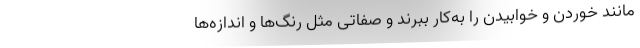
مانند خوردن و خوابیدن را به‌کار ببرند و صفاتی مثل رنگ‌ها و اندازه‌ها